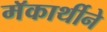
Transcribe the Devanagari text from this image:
मॅकार्थीने